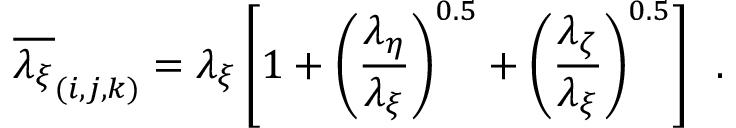
{ \overline { { \lambda _ { \xi } } } _ { ( i , j , k ) } = \lambda _ { \xi } \left[ 1 + \left( \frac { \lambda _ { \eta } } { \lambda _ { \xi } } \right) ^ { 0 . 5 } + \left( \frac { \lambda _ { \zeta } } { \lambda _ { \xi } } \right) ^ { 0 . 5 } \right] \, \mathrm { ~ . ~ } }